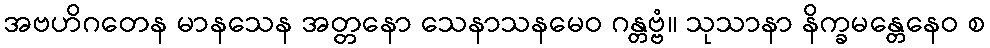
အဗဟိဂတေန မာနသေန အတ္တနော သေနာသနမေဝ ဂန္တဗ္ဗံ။ သုသာနာ နိက္ခမန္တေနေဝ စ